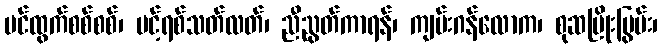
ပင်ထွက်စစ်စစ်၊ ပင့်ရစ်သတ်လတ်၊ ညီညွတ်ကာရန်၊ ကျမ်းဂန်လောက၊ စုဆပြိုးပြွမ်း၊